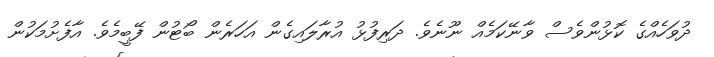
ދުވަހެއްގެ ކޮޅުންވެސް ވާނޭކަމެއް ނޫނެވެ. ދަރިފުޅު އުރާލައިގެން އަހަރެން ބޯޓުން ފޭބީމެވެ. އާފެށުމަކުން